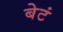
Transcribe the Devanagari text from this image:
बेटं